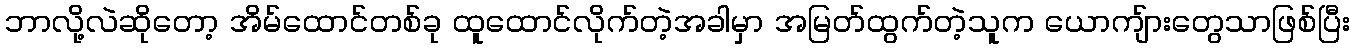
ဘာလို့လဲဆိုတော့ အိမ်ထောင်တစ်ခု ထူထောင်လိုက်တဲ့အခါမှာ အမြတ်ထွက်တဲ့သူက ယောကျ်ားတွေသာဖြစ်ပြီး